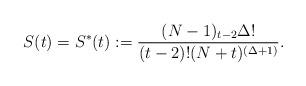
LaTeX: \begin{align*}S(t)=S^*(t):=\frac{(N-1)_{t-2}\Delta!}{(t-2)!(N+t)^{(\Delta+1)}}.\end{align*}